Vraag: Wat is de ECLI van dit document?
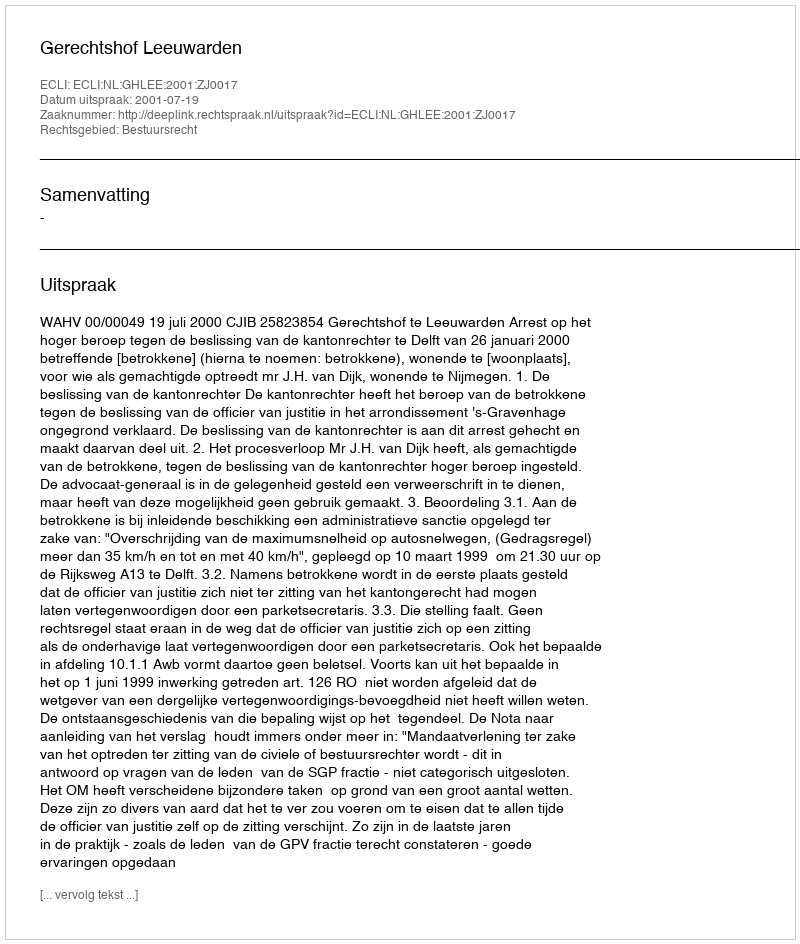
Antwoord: ECLI:NL:GHLEE:2001:ZJ0017